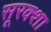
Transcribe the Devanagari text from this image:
सूरक्शा